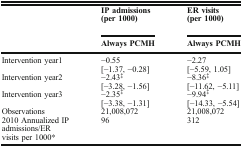
<table><thead><tr><td rowspan="2"></td><td><b>IP admissions (per 1000)</b></td><td><b>ER visits (per 1000)</b></td></tr><tr><td><b>Always PCMH</b></td><td><b>Always PCMH</b></td></tr></thead><tbody><tr><td rowspan="2">Intervention year1</td><td>−0.55</td><td>−2.27</td></tr><tr><td>[−1.37, −0.28]</td><td>[−5.59, 1.05]</td></tr><tr><td rowspan="2">Intervention year2</td><td>−2.43<sup>‡</sup></td><td>−8.36<sup>‡</sup></td></tr><tr><td>[−3.28, −1.56]</td><td>[−11.62, −5.11]</td></tr><tr><td rowspan="2">Intervention year3</td><td>−2.35<sup>‡</sup></td><td>−9.94<sup>‡</sup></td></tr><tr><td>[−3.38, −1.31]</td><td>[−14.33, −5.54]</td></tr><tr><td>Observations</td><td>21,008,072</td><td>21,008,072</td></tr><tr><td>2010 Annualized IP admissions/ER visits per 1000*</td><td>96</td><td>312</td></tr></tbody></table>